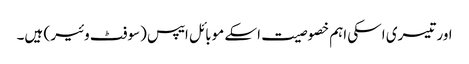
اور تیسری اسکی اہم خصوصیت اسکے موبائل ایپس (سوفٹ وئیر ) ہیں۔